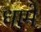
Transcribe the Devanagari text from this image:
धामें